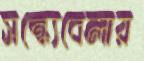
সন্ধ্যেবেলায়